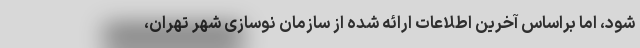
شود، اما براساس آخرین اطلاعات ارائه شده از سازمان نوسازی شهر تهران،